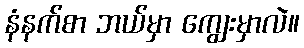
နံနက်စာ ဘယ်မှာ ကျွေးမှာလဲ။